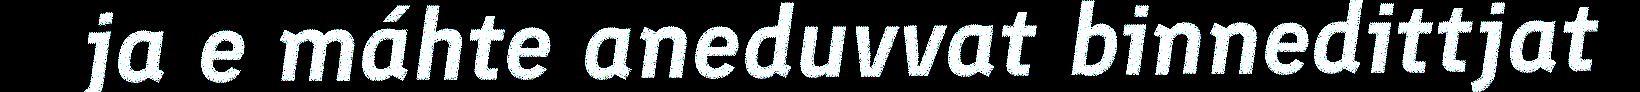
ja e máhte aneduvvat binnedittjat